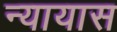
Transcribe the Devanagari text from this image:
न्यायास